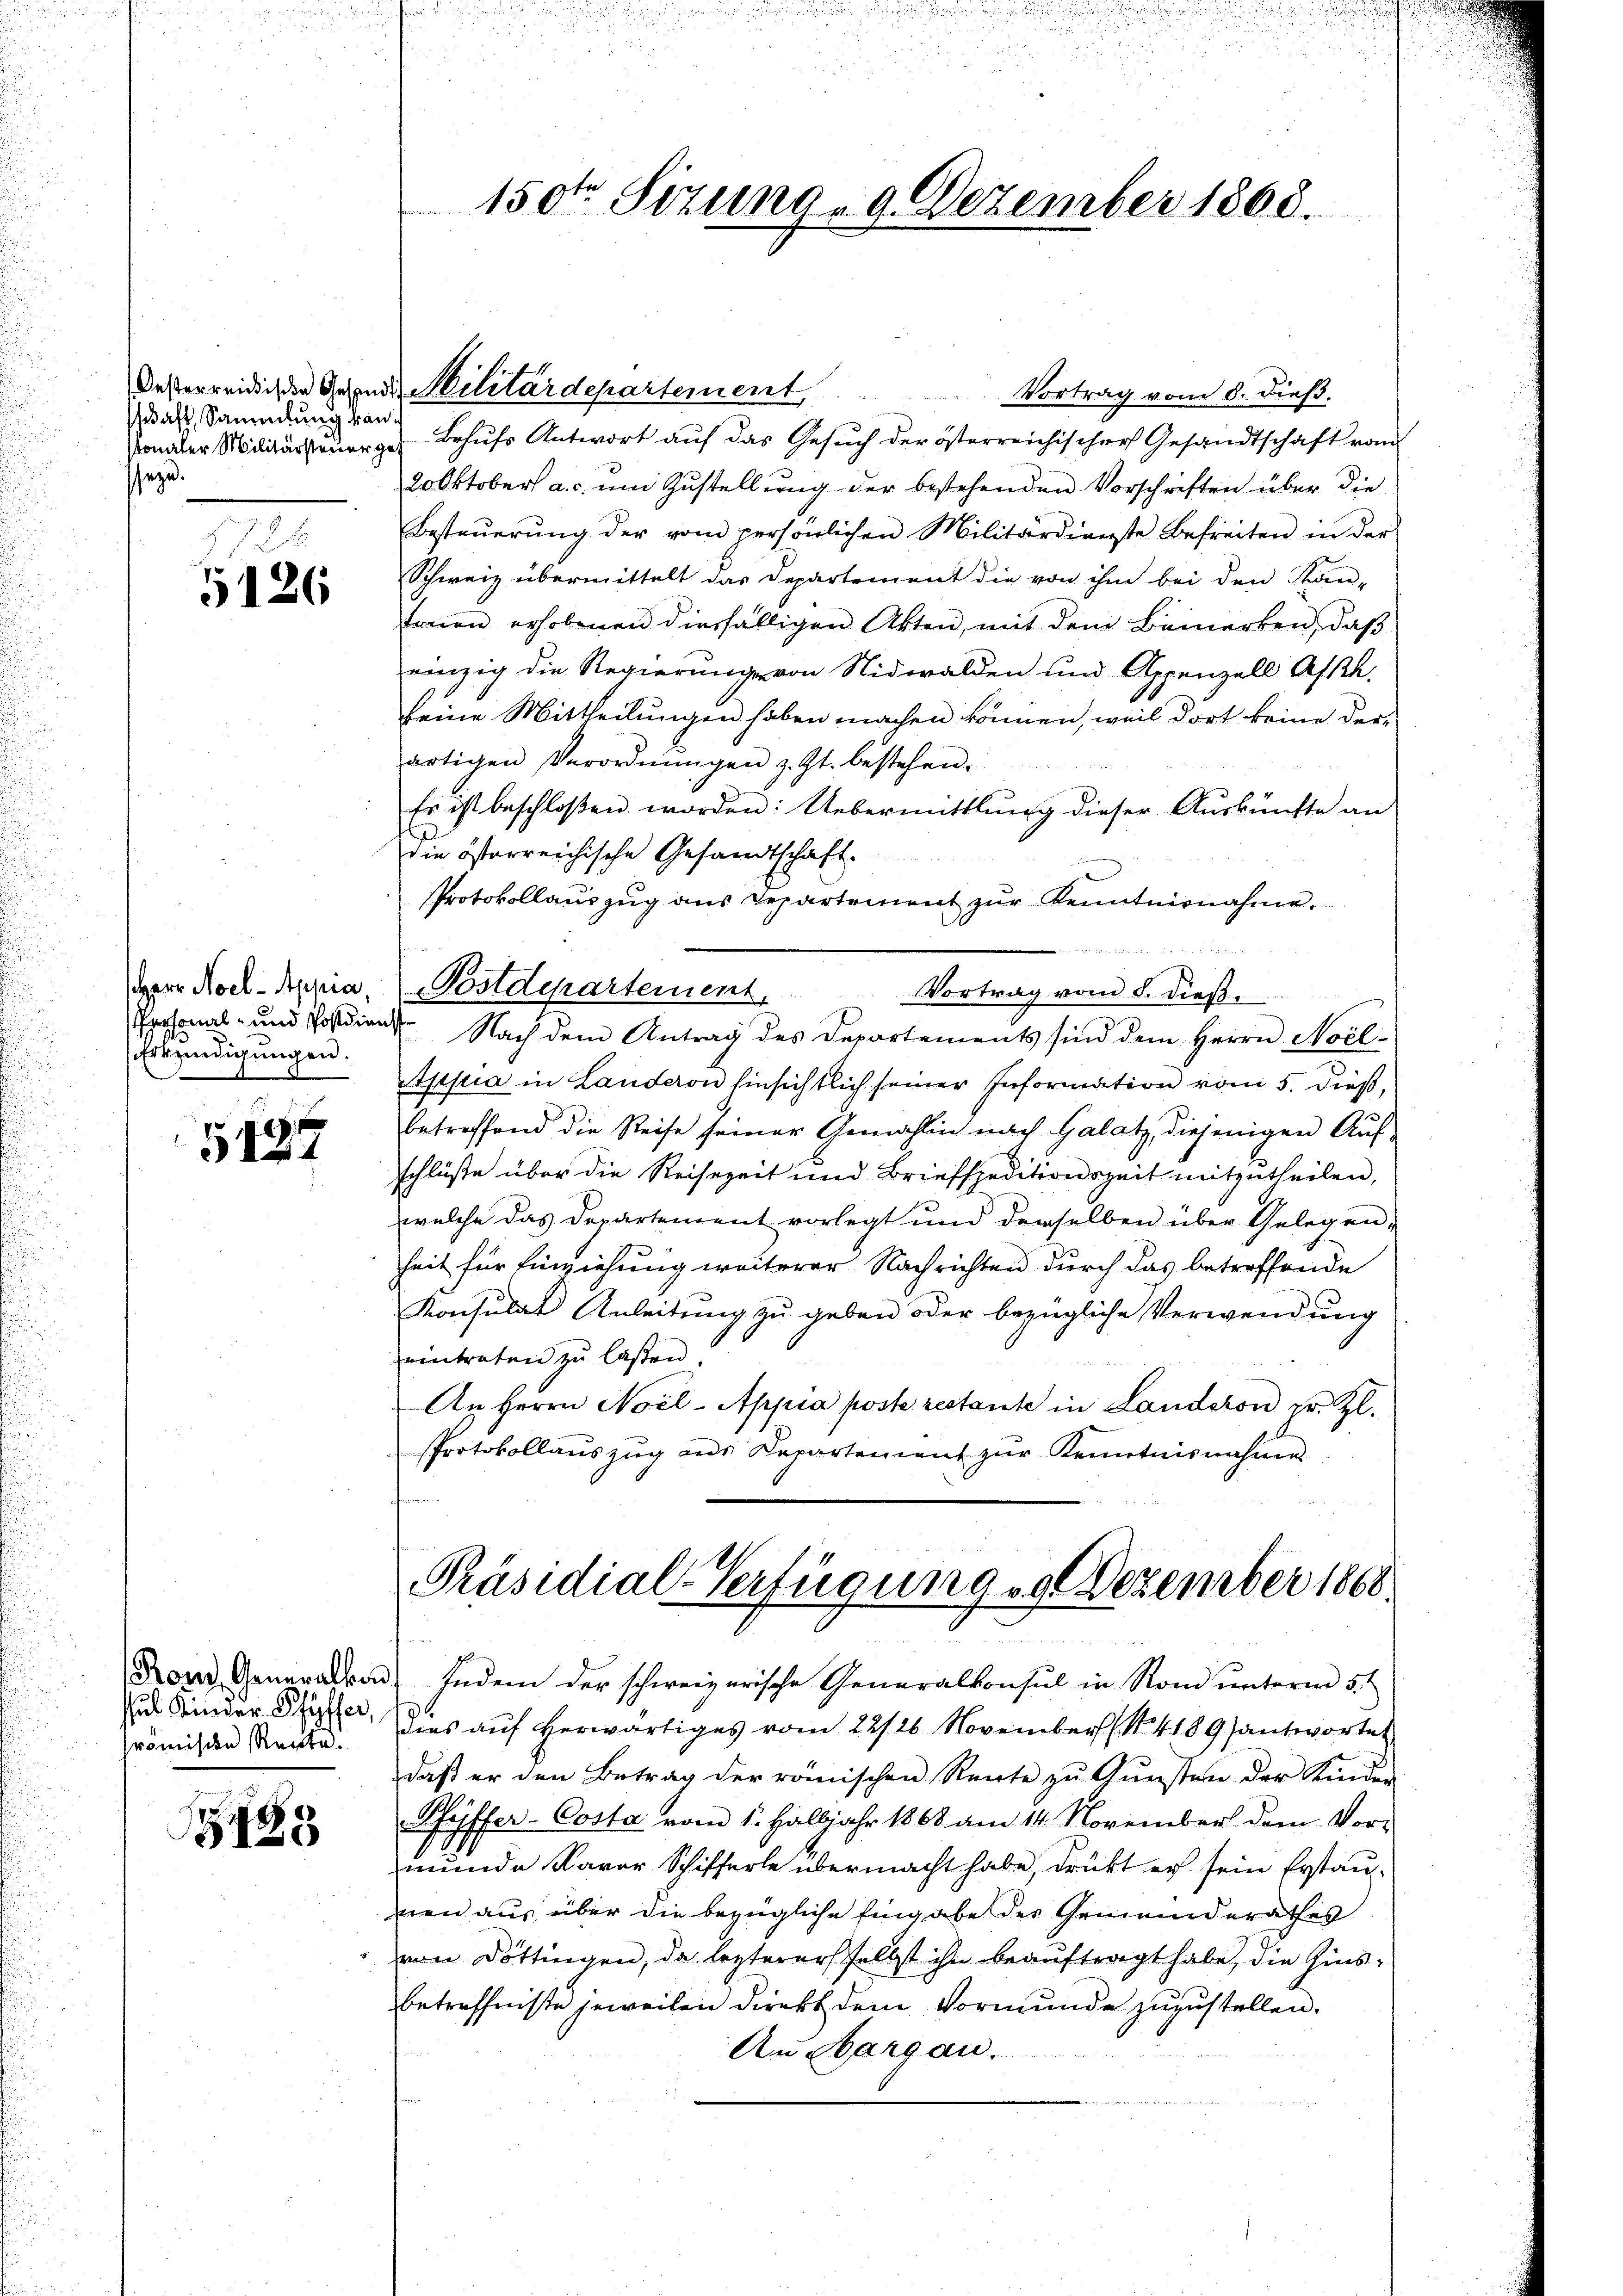
schaft, Sammlung kan
sseze

5126

Herr Hoel-Appia,
Erkundigungen.

5437

römische Rente.

S. 183

Vortrag vom 8. dieß.

sonaler Militärsteuerger Behufs Antwort auf das Gesuch der österreichischer Gesandtschaft vom
20 Oktober a. c. um Zustellung der bestehenden Vorschriften über die
Besteŭerŭng der vom persönlichen Militärdienste Befreiten in der
Schweiz übermittelt das Departement die von ihm bei den Kan-
Ernen erhobenen diesfälligen Akten, mit dem Bemerken, daß
einzig die Regierung von Nidwalden und Appenzell Ah.
seine Mittheilungen haben machen können, weil dort keine der-
artigen Verordnŭngen z. Zt. bestehen.
Es ist beschloßen worden: Uebermittlung dieser Auskünfte an
die österreichische Gesandtschaft.
Protokollauszug aus Departement zur Kenntnisnahme.
Postdepartement,
Vortrag vom 8. dieß.
Personal- und Postdient. Nach dem Antrag des Departements sind dem Herrn Noil-
Appia in Landeron hinsichtlich seiner Information vom 5. dieß,
betreffend die Reise seiner Gemahlin nach Galatz, diejenigen Auf-
schlüße über die Reisezeit und Briefspeditionszeit mitzutheilen,
welche das Departement vorlegt und derselben über Gelegen,
heit für Einziehung weiterer Nachrichten durch das betreffende
Konsulat Anleitung zu geben oder bezügliche Verwendung
eintraten zu lassen.
An Herrn Noel-Appia poste restante in Landeron Dr. Zl.
Protokollaŭszŭg ans Departement zŭr Kenntnisnahme

150ten Sitzung - 9. Dezember 1868.

Oesterreidigen Gehenden Militärdepartement,

Fond Generalkon Indem der schweizerische Generalkonsul in Rand unterm 5. t
 Kinder Stier, dies auf herwärtiges vom 22/26. November (S. 4189 antwortet
daß er den Betrag der römischen Rente zu Gunsten der Kinder
Pfeiffer-Costa vom 1. Halbjahr 1868 am 14. November dem Vor-
munde davor Schifferle übermacht habe, drückt er sein Erstau-
nen aus über die bezügliche Eingabe des Gemeinderathes
von Döttingen, da leztererselbst ihn beauftragt habe, die Zinsbetreffnisse jeweilen direkt dem Vormunde zuzustellen.
An Margau.

Präsidial-Verfügung 29. Dezember 1866.